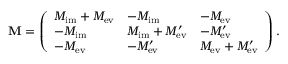
\mathbf { M } = \left( \begin{array} { l l l } { M _ { \mathrm { i m } } + M _ { \mathrm { e v } } } & { - M _ { \mathrm { i m } } } & { - M _ { \mathrm { e v } } } \\ { - M _ { \mathrm { i m } } } & { M _ { \mathrm { i m } } + M _ { \mathrm { e v } } ^ { \prime } } & { - M _ { \mathrm { e v } } ^ { \prime } } \\ { - M _ { \mathrm { e v } } } & { - M _ { \mathrm { e v } } ^ { \prime } } & { M _ { \mathrm { e v } } + M _ { \mathrm { e v } } ^ { \prime } } \end{array} \right) .